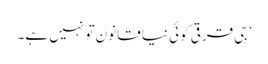
’ جی قرقی کوئی نیا قانون تو نہیں ہے۔